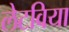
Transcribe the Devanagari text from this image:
लेटविया